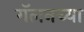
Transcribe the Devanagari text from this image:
गॅलनच्या